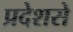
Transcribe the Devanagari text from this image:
प्रदेशसे